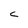
Character: C